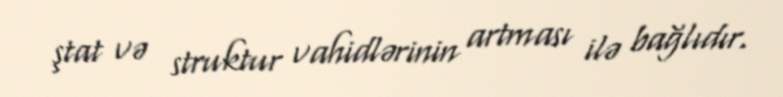
ştat və struktur vahidlərinin artması ilə bağlıdır.